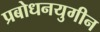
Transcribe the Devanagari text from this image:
प्रबोधनयुगीन